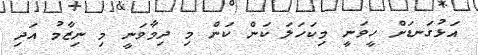
އަޅުގަނޑަށް ހީވަނީ މިކަހަލަ ކަން ކަން މި ދިމާވަނީ މި ނިޒާމު އަދި